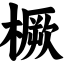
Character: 橛